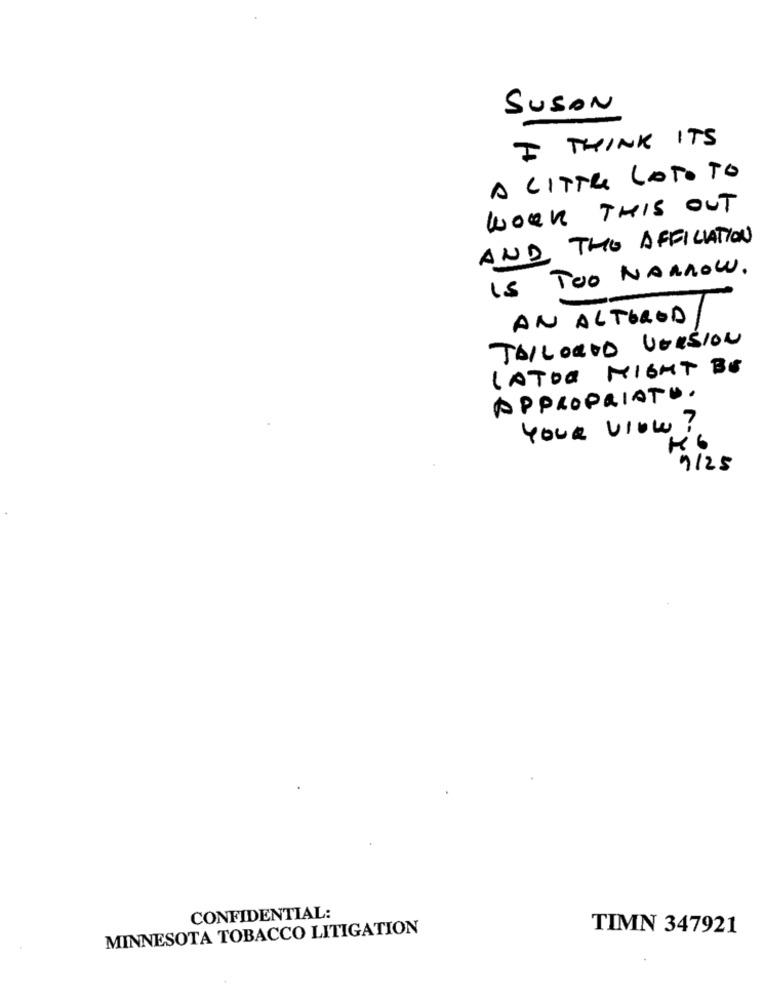
SUSAN
I THINK ITS
A LITTLE LATOTO
WORK THIS OUT
AND THE AFFILIATION
IS TOO NARROW.
AN ALTEROD
TAILORED VERSION
LATOR MIGHT BE
APPROPRIATO.
YOUR vlow?
9125
CONFIDENTIAL:
MINNESOTA TOBACCO LITIGATION
TIMN 347921